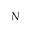
N